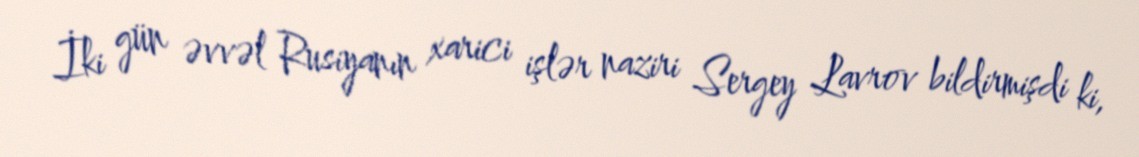
İki gün əvvəl Rusiyanın xarici işlər naziri Sergey Lavrov bildirmişdi ki,